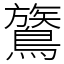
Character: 鷟